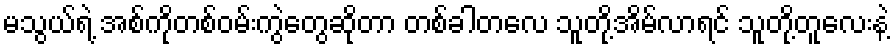
မသွယ်ရဲ့ အစ်ကိုတစ်ဝမ်းကွဲတွေဆိုတာ တစ်ခါတလေ သူတို့အိမ်လာရင် သူတို့တူလေးနဲ့